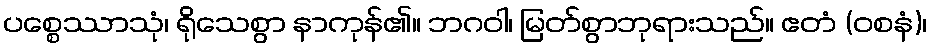
ပစ္စေဿာသုံ၊ ရိုသေစွာ နာကုန်၏။ ဘဂဝါ၊ မြတ်စွာဘုရားသည်။ ဧတံ (ဝစနံ)၊